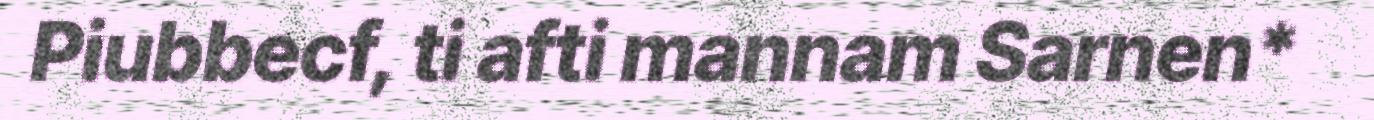
Piubbecf, ti afti mannam Sarnen*